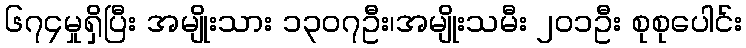
၆၇၄မှုရှိပြီး အမျိုးသား ၁၃၀၇ဦး၊အမျိုးသမီး ၂၀၁ဦး စုစုပေါင်း